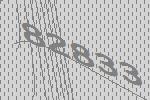
82833